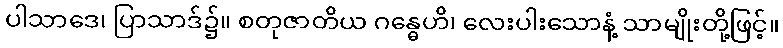
ပါသာဒေ၊ ပြာသာဒ်၌။ စတုဇာတိယ ဂန္ဓေဟိ၊ လေးပါးသောနံ့ သာမျိုးတို့ဖြင့်။